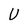
Character: U